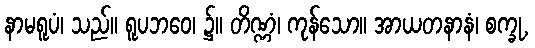
နာမရူပံ၊ သည်။ ရူပဘဝေ၊ ၌။ တိဏ္ဏံ၊ ကုန်သော။ အာယတနာနံ၊ စက္ခု,